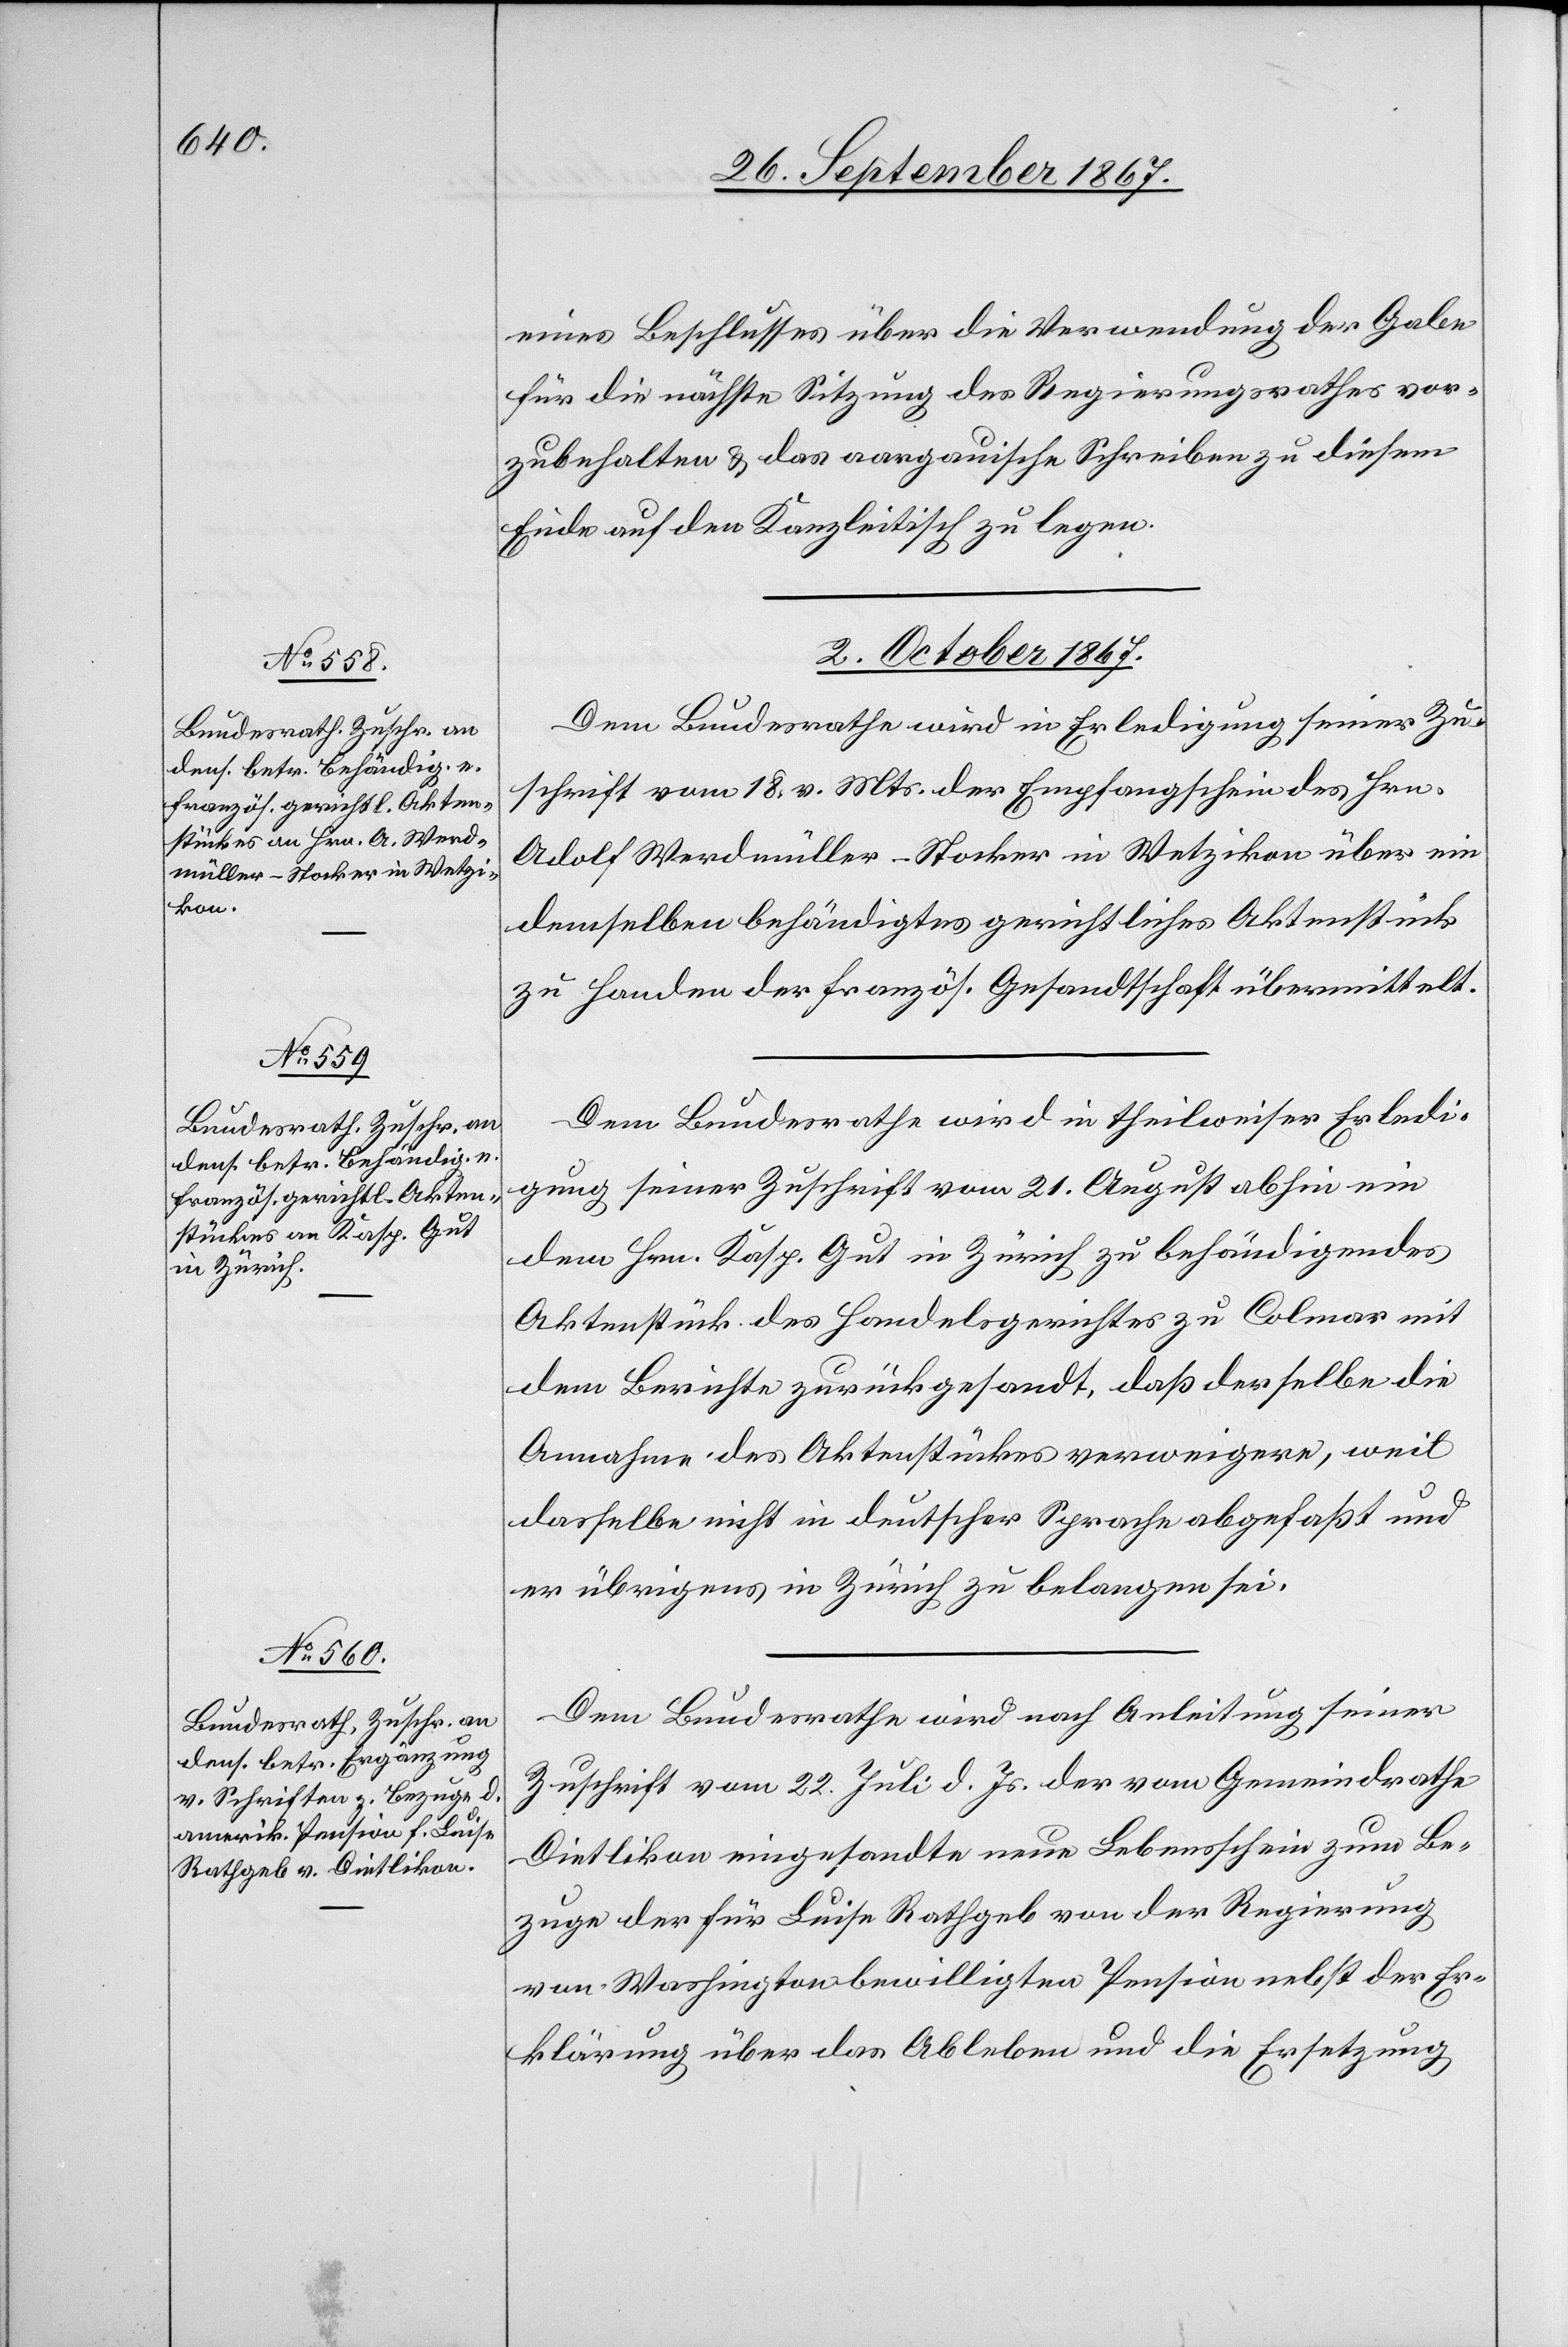
eines Beschlusses über die Verwendung der Gabe
für die nächste Sitzung des Regierungsrathes vor¬
zubehalten u. das aargauische Schreiben zu diesem
Ende auf den Kanzleitisch zu legen.
2. October 1867.]
Dem Bundesrathe wird in Erledigung seiner Zu¬
schrift vom 18. v. Mts. der Empfangschein des Hrn.
Adolf Werdmüller-Stocker in Wetzikon über ein
demselben behändigtes gerichtliches Aktenstück
zu Handen der französ. Gesandtschaft übermittelt.
Dem Bundesrathe wird in theilweise Erledi¬
gung seiner Zuschrift vom 21. August abhin ein
dem Hrn. Kasp. Gut in Zürich zu behändigendes
Aktenstück des Handelsgerichtes zu Colmar mit
dem Berichte zurückgesandt, daß derselbe die
Annahme des Aktenstückes verweigere, weil
dasselbe nicht in deutscher Sprache abgefaßt und
er übrigens in Zürich zu belangen sei.
Dem Bundesrathe wird nach Anleitung seines
Zuschrift vom 22. Juli d. Js. der vom Gemeindrathe
Dietlikon eingesandte neue Lebensschein zum Be¬
zuge der für Luise Rathgeb von der Regierung
von Washington bewilligten Pension nebst der Er¬
klärung über das Ableben und die Ersetzung